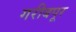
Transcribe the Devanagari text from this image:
गरीबपूर